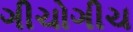
ગીચોગીચ